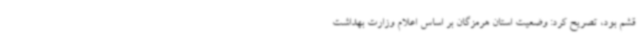
قشم بود، تصریح کرد: وضعیت استان هرمزگان بر اساس اعلام وزارت بهداشت